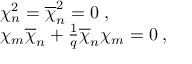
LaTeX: \begin{array} { l } { { \chi _ { n } ^ { 2 } = \overline { { { \chi } } } _ { n } ^ { 2 } = 0 \; , } } \\ { { \chi _ { m } \overline { { { \chi } } } _ { n } + { \frac { 1 } { q } } \overline { { { \chi } } } _ { n } \chi _ { m } = 0 \; , } } \end{array}